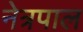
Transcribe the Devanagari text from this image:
नेत्रपाल